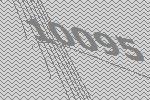
10095